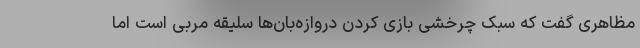
مظاهری گفت که سبک چرخشی بازی کردن دروازه‌بان‌ها سلیقه مربی است اما